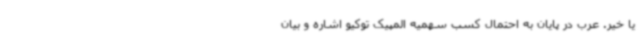
یا خیر. عرب در پایان به احتمال کسب سهمیه المپیک توکیو اشاره و بیان